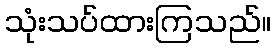
သုံးသပ်ထားကြသည်။